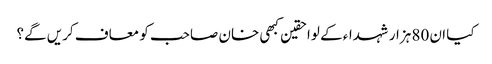
کیا ان 80 ہزار شہداء کے لواحقین کبھی خان صاحب کو معاف کریں گے؟